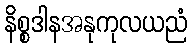
နိစ္စဒါနအနုကုလယညံ